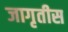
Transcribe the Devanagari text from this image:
जागृतीस